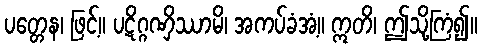
ပတ္တေန၊ ဖြင့်။ ပဋိဂ္ဂဏှိဿာမိ၊ အကပ်ခံအံ့။ ဣတိ၊ ဤသို့ကြံ၍။